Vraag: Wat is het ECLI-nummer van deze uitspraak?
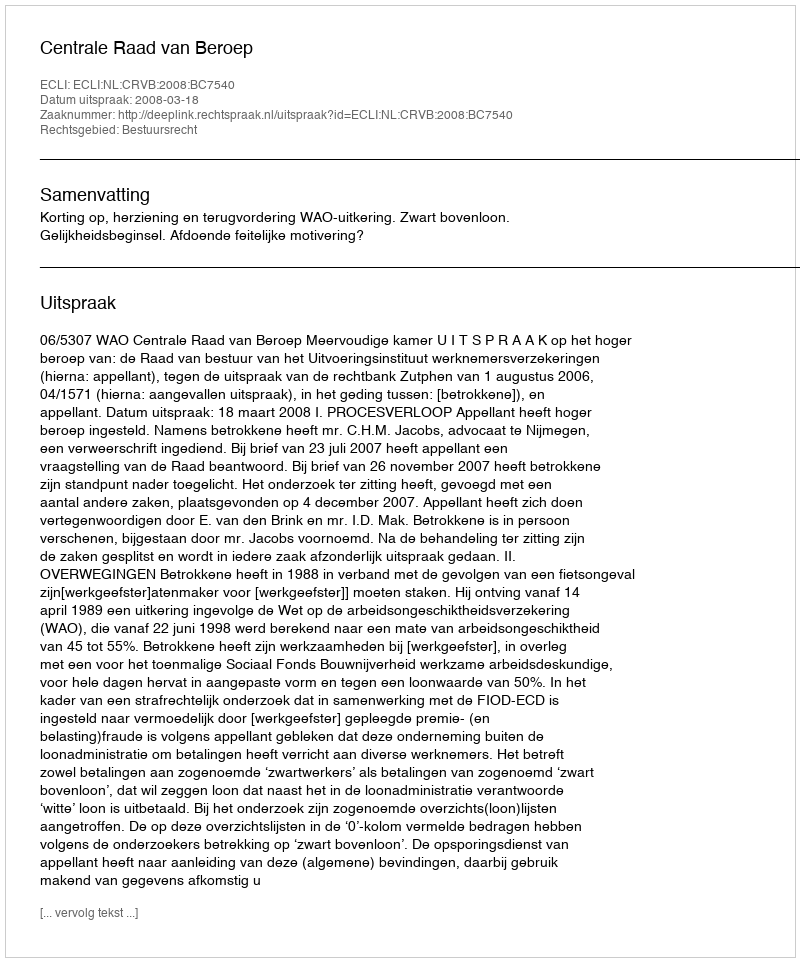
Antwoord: ECLI:NL:CRVB:2008:BC7540